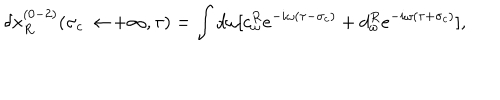
\delta x _ { R } ^ { ( 0 - 2 ) } ( \sigma _ { c } \rightarrow + \infty , \tau ) = \int d \omega [ c _ { \omega } ^ { R } e ^ { - i \omega ( \tau - \sigma _ { c } ) } + d _ { \omega } ^ { R } e ^ { - i \omega ( \tau + \sigma _ { c } ) } ] ,